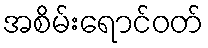
အစိမ်းရောင်ဝတ်